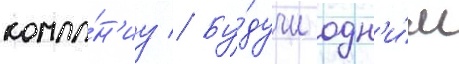
компа́н'иу // Бу́дучи одн'и́м